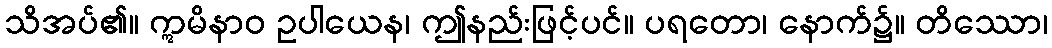
သိအပ်၏။ ဣမိနာဝ ဥပါယေန၊ ဤနည်းဖြင့်ပင်။ ပရတော၊ နောက်၌။ တိဿော၊